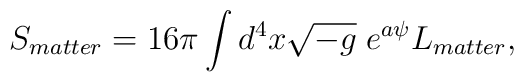
S_{matter}=16\pi\int d^4x\sqrt{-g}\;e^{a\psi}L_{matter},